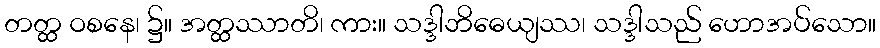
တတ္ထ ဝစနေ၊ ၌။ အတ္ထဿာတိ၊ ကား။ သဒ္ဒါဘိဓေယျဿ၊ သဒ္ဒါသည် ဟောအပ်သော။